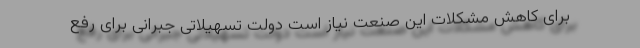
برای کاهش مشکلات این صنعت نیاز است دولت تسهیلاتی جبرانی برای رفع